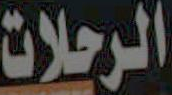
الرحلات